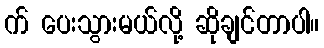
က် ပေးသွားမယ်လို့ ဆိုချင်တာပါ။